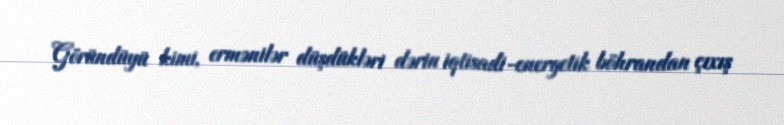
Göründüyü kimi, ermənilər düşdükləri dərin iqtisadi-energetik böhrandan çıxış